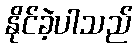
နိုင်ခဲ့ပါသည်